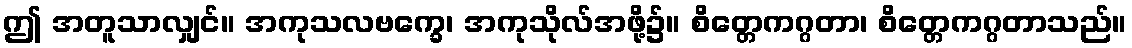
ဤ အတူသာလျှင်။ အကုသလဗက္ခေ၊ အကုသိုလ်အဖို့၌။ စိတ္တေကဂ္ဂတာ၊ စိတ္တေကဂ္ဂတာသည်။